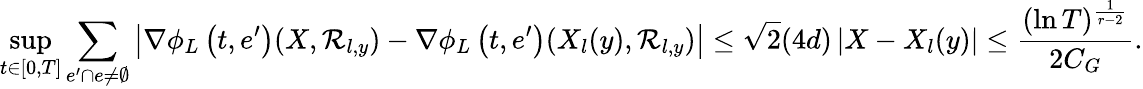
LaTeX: \operatorname*{sup}_{t\in[0,T]}\sum_{e^{\prime}\cap e\neq\emptyset}\left|\nabla\phi_{L}\left(t,e^{\prime}\right)(X,\mathcal{R}_{l,y})-\nabla\phi_{L}\left(t,e^{\prime}\right)(X_{l}(y),\mathcal{R}_{l,y})\right|\leq\sqrt{2}(4d)\left|X-X_{l}(y)\right|\leq\frac{(\ln T)^{\frac{1}{r-2}}}{2C_{G}}.